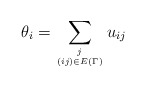
\begin{gather*} \theta_i = \sum_{j \atop (ij) \in E(\Gamma)} u_{ij} \end{gather*}